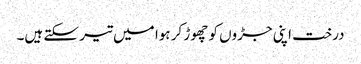
درخت اپنی جڑوں کو چھوڑ کر ہوا میں تیر سکتے ہیں۔